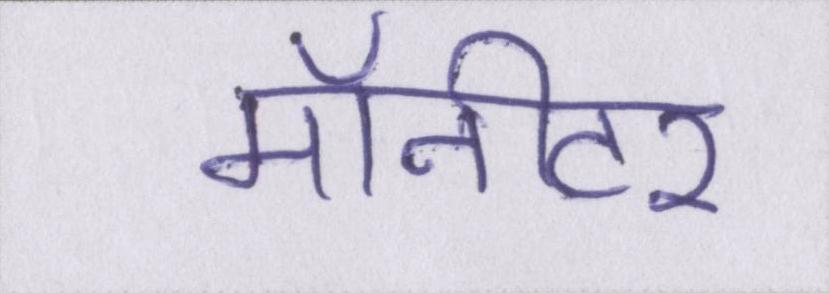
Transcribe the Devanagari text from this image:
मॉनीटर